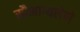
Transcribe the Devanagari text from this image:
सौभाग्यलेणे